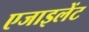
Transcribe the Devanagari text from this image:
एजाइलेंट